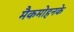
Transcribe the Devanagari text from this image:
मैकमोहनके